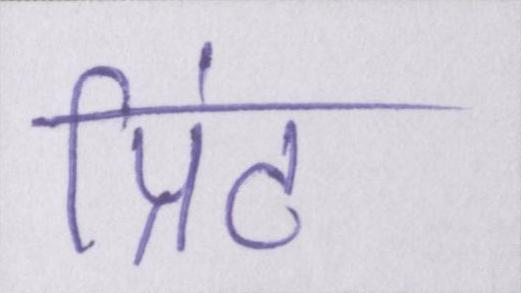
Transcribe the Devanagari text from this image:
प्रिंट